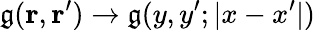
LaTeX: \mathfrak{g}(\mathbf{{r}},\mathbf{{r}}^{\prime})\to\mathfrak{g}(y,y^{\prime};|x-x^{\prime}|)